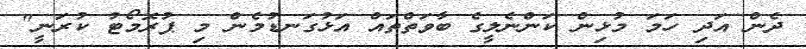
ދެން އަދި ހަމަ މުޅިން ކަންނެލީގެ ބާވަތްތައް އަޅުގަނޑުމެން މި ޕުރޮމޯޓު ކުރަނީ"